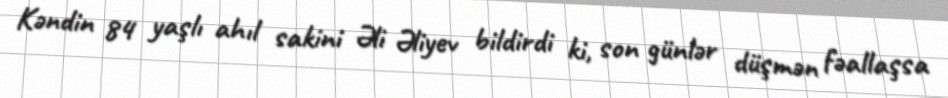
Kəndin 84 yaşlı ahıl sakini Əli Əliyev bildirdi ki, son günlər düşmən fəallaşsa